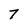
Character: 7